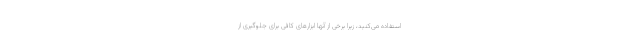
استفاده می‌کنید، زیرا برخی از آنها ابزارهای کافی برای جلوگیری از